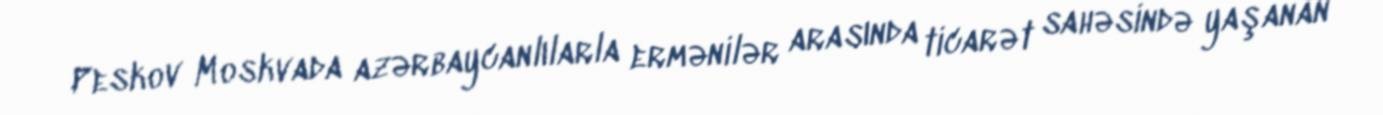
Peskov Moskvada azərbaycanlılarla ermənilər arasında ticarət sahəsində yaşanan